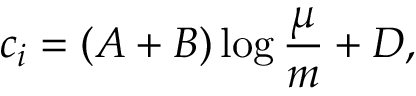
c _ { i } = \left( A + B \right) \log { \frac { \mu } { m } } + D ,